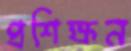
প্রশিক্ষন